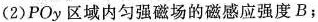
(2)POy区域内匀强磁场的磁感应强度B；